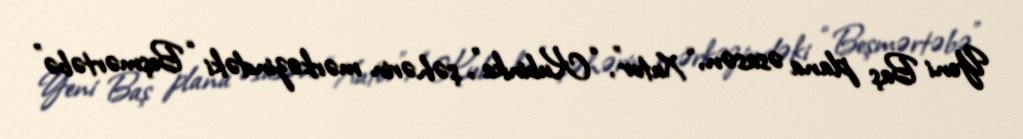
Yeni Baş plana əsasən, “Xutor”, “Kubinka”, şəhərin mərkəzindəki “Beşmərtəbə”